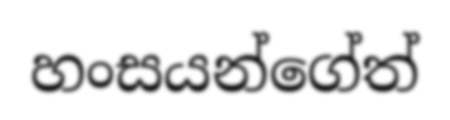
හංසයන්ගේත්